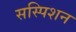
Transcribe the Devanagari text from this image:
सस्पिशन